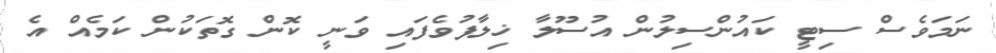
ނަމަވެސް ސިޓީ ކައުންސިލުން އުސޫލާ ޚިލާފުވެފައި ވަނީ ކޮން ގޮތަކުން ކަމެއް އެ